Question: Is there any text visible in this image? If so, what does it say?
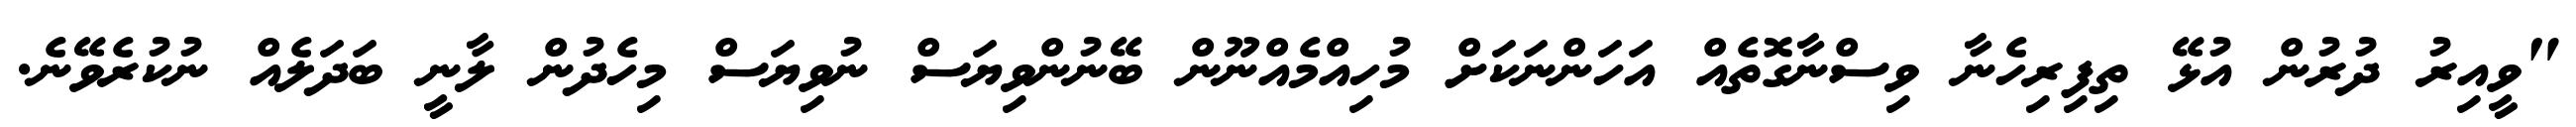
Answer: "ވީއިރު ދުރުން އުޅޭ ތިފިރިހެނާ ވިސްނާގޮތެއް އަހަންނަކަށް މުހިއްމެއްނޫން ބޭނުންވިޔަސް ނުވިޔަސް މިހެދުން ލާނީ ބަދަލެއް ނުކުރެވޭނެ.